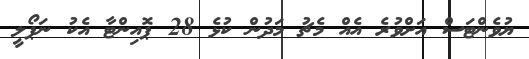
ޔުވެންޓަސް އަށްވުރެ އެއް މެޗު މަދުން ކުޅެ 28 ޕޮއިންޓާ އެކު ނަޕޯލީ